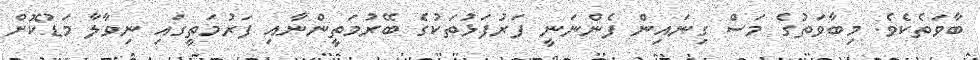
ބާވަތެކެވެ. މިބާވަތުގެ މަސް ގިނައިން ފެންނަނީ ފަރުފަޅުތަކުގެ ބޭރުމަތީންނާއި ފަރުމަތީގައި ނިވާލާ މަޑުކޮށް